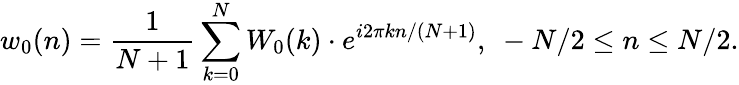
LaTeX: w_{0}(n)={\frac{1}{N+1}}\sum_{k=0}^{N}W_{0}(k)\cdot e^{i2\pi kn/(N+1)},\ -N/2\leq n\leq N/2.